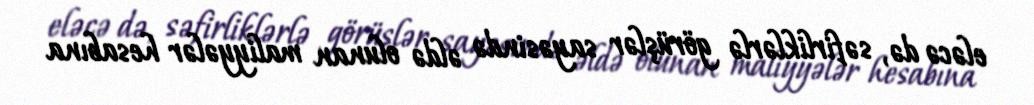
eləcə də, səfirliklərlə görüşlər sayəsində əldə olunan maliyyələr hesabına